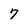
Character: 7